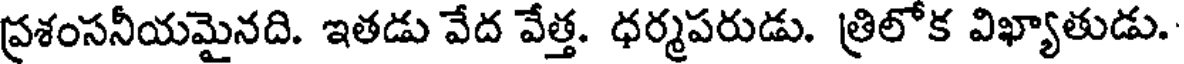
ప్రశంసనీయమైనది. ఇతడు వేద వేత్త. ధర్మపరుడు. త్రిలోక విఖ్యాతుడు.